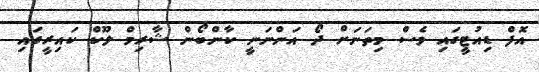
އޮފް ޑިއުޓީގައި ވެސް މިތަނަށް ދޯ އަންނަނީ ކާންބޯން ޝާރިމް ލޫކް ކައިރީގައި